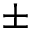
\pm